Indian journal of veterinary science and animal husbandry - Volume 9,
Year: 1939
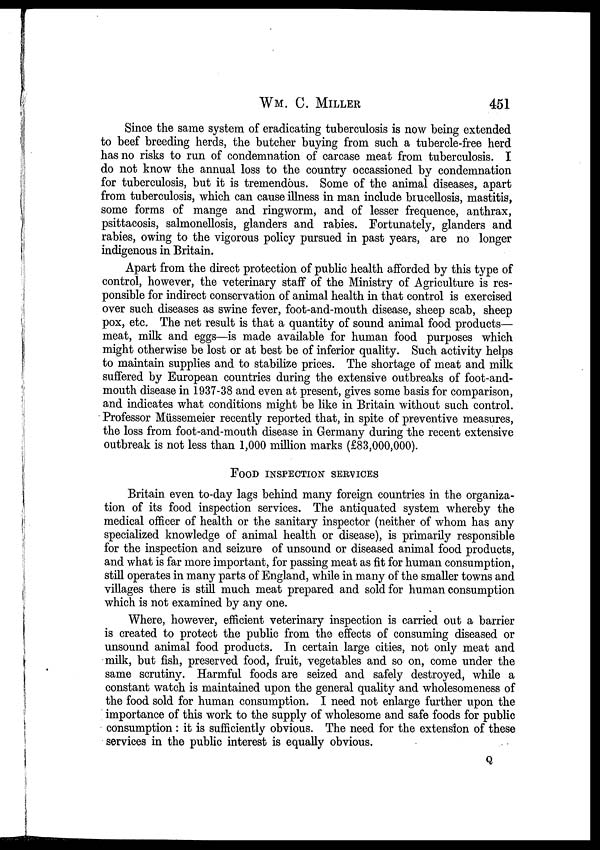
WM. C.
MILLER
451
Since the same system of eradicating tuberculosis is now being extended
to beef breeding herds, the butcher buying from such a tubercle-free herd
has no risks to run of condemnation of carcase meat from tuberculosis. I
do not know the annual loss to the country occassioned by condemnation
for tuberculosis, but it is tremendous. Some of the animal diseases, apart
from tuberculosis, which can cause illness in man include brucellosis, mastitis,
some forms of mange and ringworm, and of lesser frequence, anthrax,
psittacosis, salmonellosis, glanders and rabies. Fortunately, glanders and
rabies, owing to the vigorous policy pursued in past years, are no longer
indigenous in Britain.
Apart from the direct protection of public health afforded by this type of
control, however, the veterinary staff of the Ministry of Agriculture is res-
ponsible for indirect conservation of animal health in that control is exercised
over such diseases as swine fever, foot-and-mouth disease, sheep scab, sheep
pox, etc. The net result is that a quantity of sound animal food products—
meat, milk and eggs—is made available for human food purposes which
might otherwise be lost or at best be of inferior quality. Such activity helps
to maintain supplies and to stabilize prices. The shortage of meat and milk
suffered by European countries during the extensive outbreaks of foot-and-
mouth disease in 1937-38 and even at present, gives some basis for comparison,
and indicates what conditions might be like in Britain without such control.
Professor Müssemeier recently reported that, in spite of preventive measures,
the loss from foot-and-mouth disease in Germany during the recent extensive
outbreak is not less than 1,000 million marks (£83,000,000).
FOOD INSPECTION SERVICES
Britain even to-day lags behind many foreign countries in the organiza-
tion of its food inspection services. The antiquated system whereby the
medical officer of health or the sanitary inspector (neither of whom has any
specialized knowledge of animal health or disease), is primarily responsible
for the inspection and seizure of unsound or diseased animal food products,
and what is far more important, for passing meat as fit for human consumption,
still operates in many parts of England, while in many of the smaller towns and
villages there is still much meat prepared and sold for human consumption
which is not examined by any one.
Where, however, efficient veterinary inspection is carried out a barrier
is created to protect the public from the effects of consuming diseased or
unsound animal food products. In certain large cities, not only meat and
milk, but fish, preserved food, fruit, vegetables and so on, come under the
same scrutiny. Harmful foods are seized and safely destroyed, while a
constant watch is maintained upon the general quality and wholesomeness of
the food sold for human consumption. I need not enlarge further upon the
importance of this work to the supply of wholesome and safe foods for public
consumption : it is sufficiently obvious. The need for the extension of these
services in the public interest is equally obvious.
Q